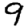
Digit: 9